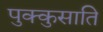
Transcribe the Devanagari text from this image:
पुक्कुसाति